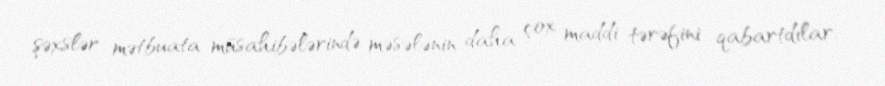
şəxslər mətbuata müsahibələrində məsələnin daha çox maddi tərəfini qabartdılar.